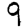
Digit: 9